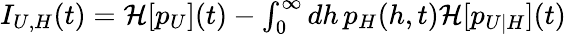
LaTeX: \begin{array}{r}{I_{U,H}(t)=\mathcal{H}[p_{U}](t)-\int_{0}^{\infty}dh\, p_{H}(h,t)\mathcal{H}[p_{U|H}](t)}\end{array}